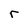
Character: r